Document type: payment_order
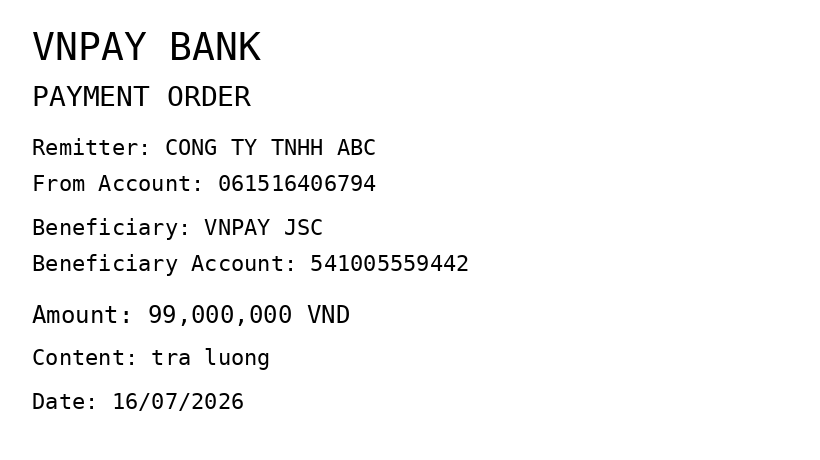
OCR transcript:
VNPAY BANK
PAYMENT ORDER
Remitter: CONG TY TNHH ABC
From Account: 061516406794
Beneficiary: VNPAY JSC
Beneficiary Account: 541005559442
Amount: 99,000,000 VND
Content: tra luong
Date: 16/07/2026
Extracted fields:
bank_name: vnpay bank
sender_name: cong ty tnhh abc
sender_account: 061516406794
beneficiary_name: vnpay jsc
beneficiary_account: 541005559442
amount: 99000000
content: tra luong
date: 2026-07-16